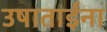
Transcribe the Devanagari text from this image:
उषाताईंना